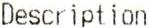
DESCRIPTION